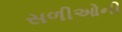
સળીઓની